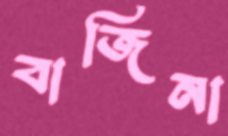
বাজিনা